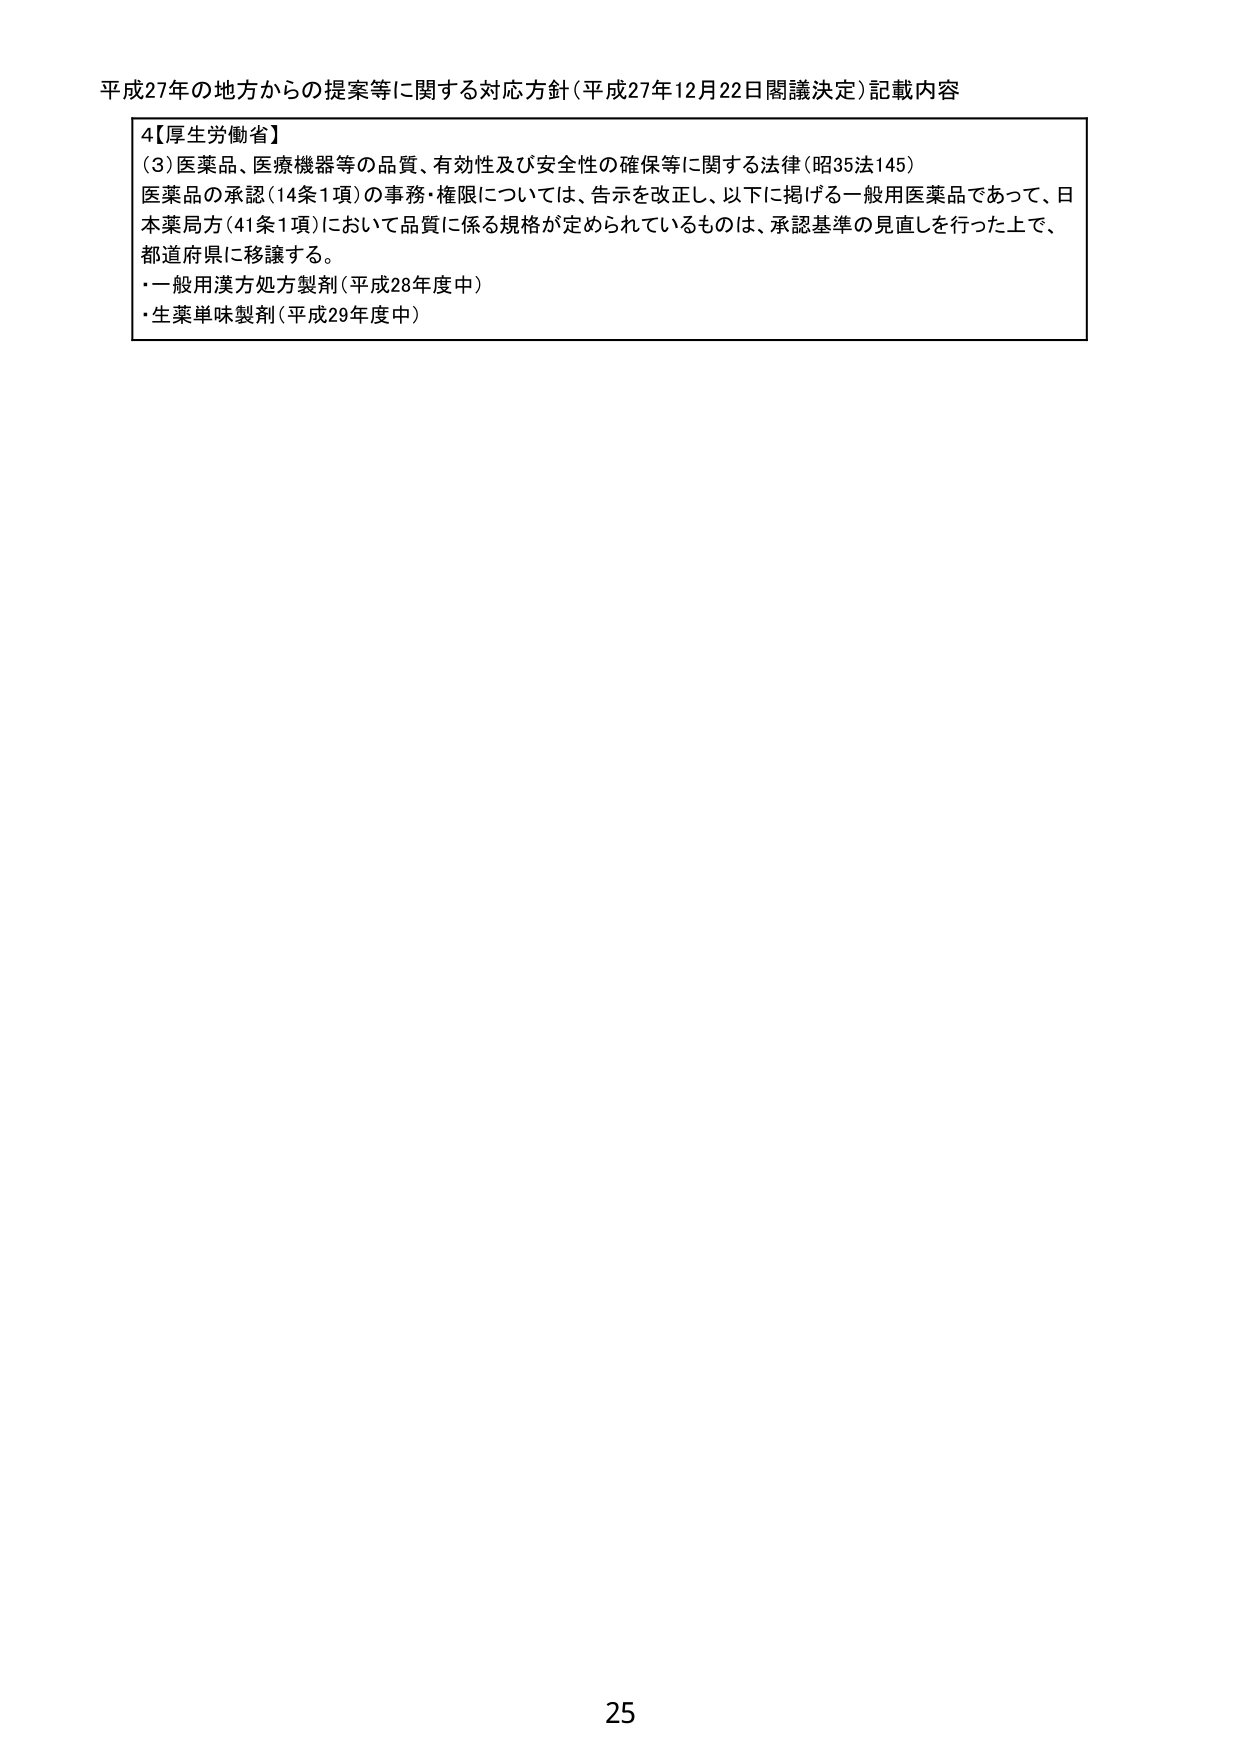
平成27年の地方からの提案等に関する対応方針（平成27年12月22日閣議決定）記載内容

4【厚生労働省】
（3）医薬品、医療機器等の品質、有効性及び安全性の確保等に関する法律（昭35法145）
医薬品の承認（14条1項）の事務・権限については、告示を改正し、以下に掲げる一般用医薬品であって、日本薬局方（41条1項）において品質に係る規格が定められているものは、承認基準の見直しを行った上で、都道府県に移譲する。
・一般用漢方処方製剤（平成28年度中）
・生薬単味製剤（平成29年度中）

25